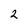
Character: 2